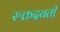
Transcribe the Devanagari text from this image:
रुक्तदवती